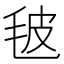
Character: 𣬼